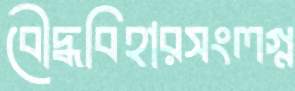
বৌদ্ধবিহারসংলগ্ন